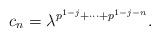
LaTeX: \begin{align*}c_n = \lambda^{p^{1-j}+\cdots+p^{1-j-n}}. \end{align*}